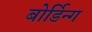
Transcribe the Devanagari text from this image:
बोर्डिन्ग